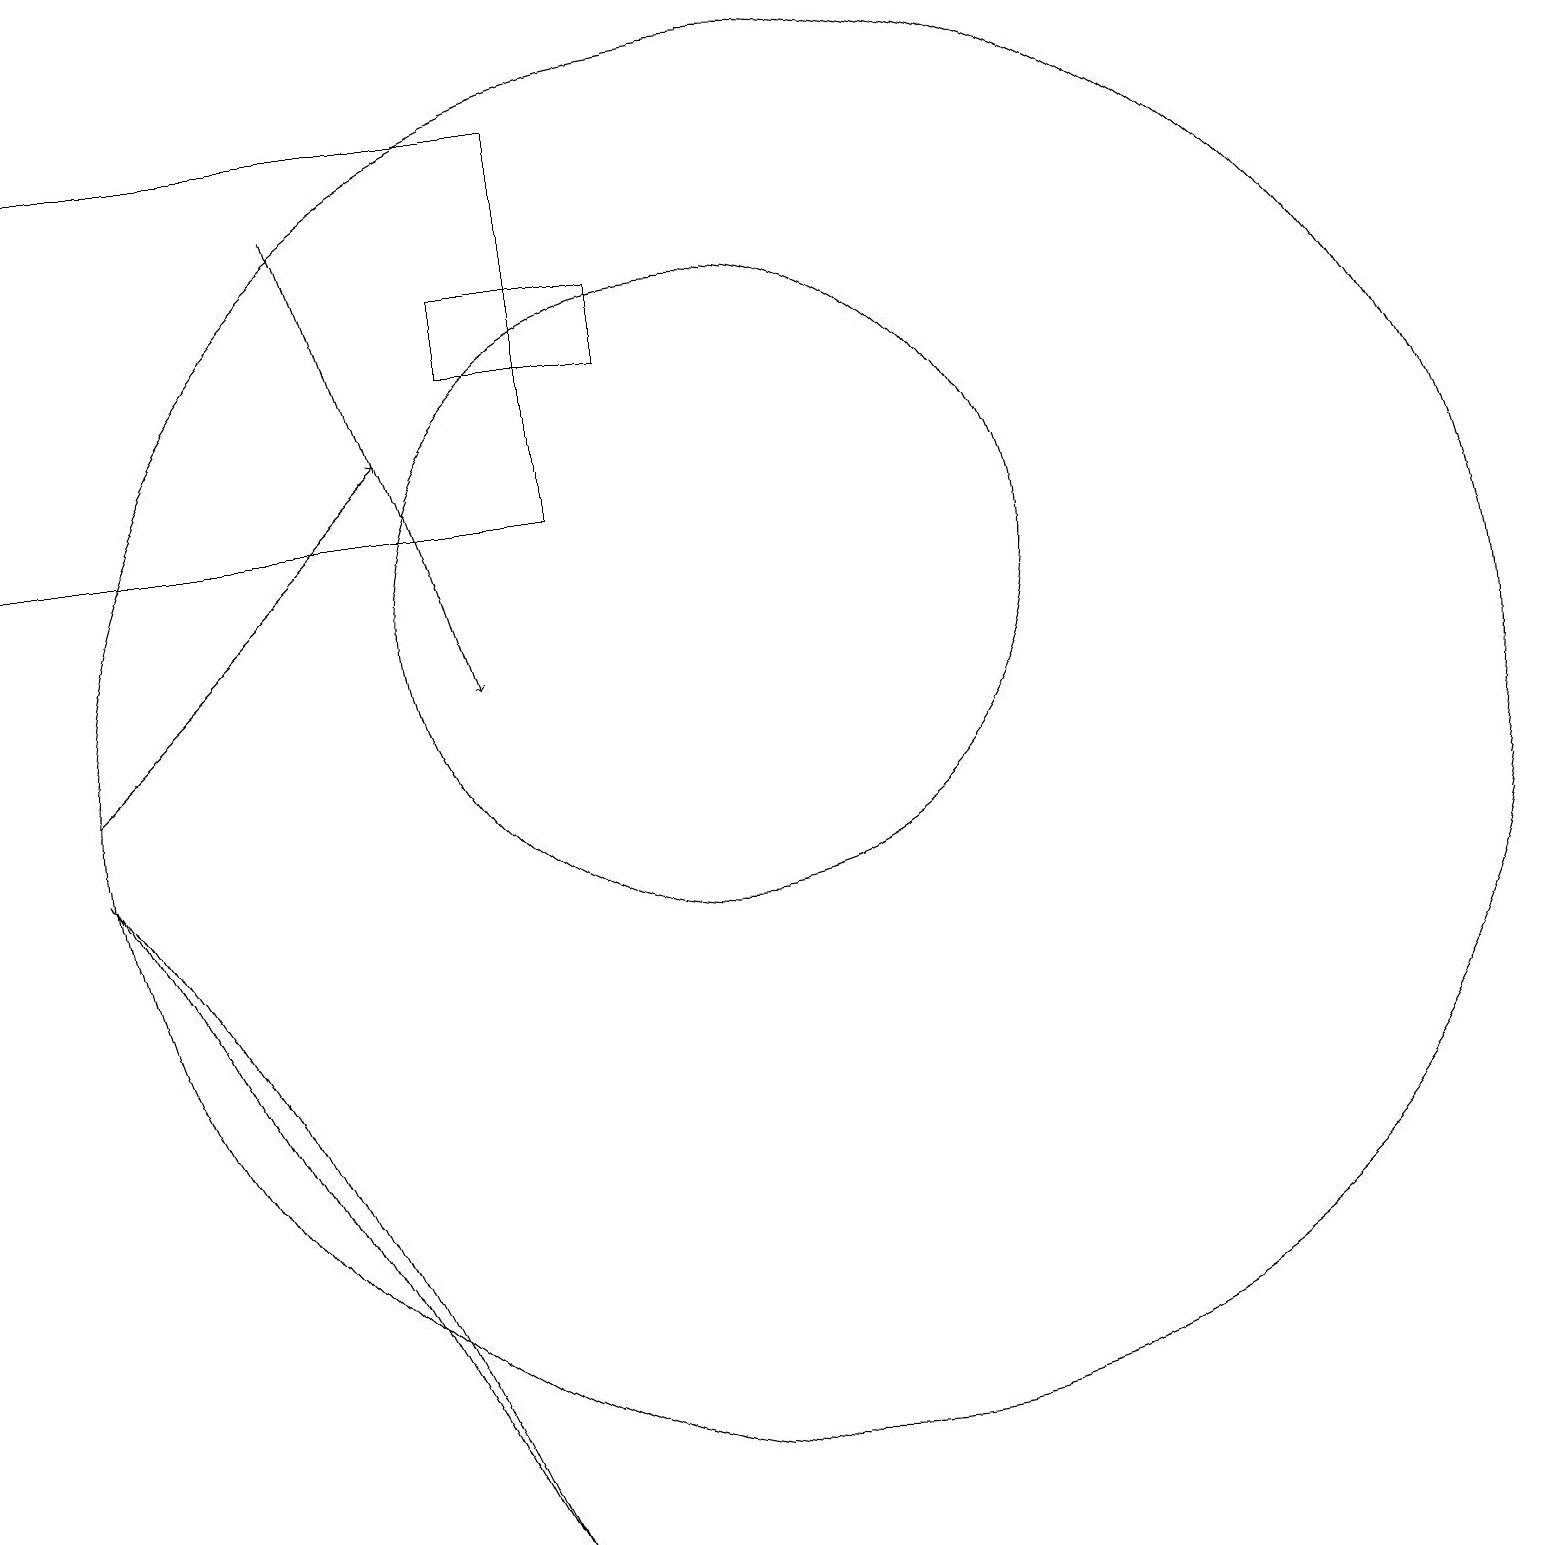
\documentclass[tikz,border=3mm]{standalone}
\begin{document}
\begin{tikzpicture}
\draw (11,10) circle (9);
\draw (7,15) rectangle (9,16);
\draw[->] (2,10) -- (6,14);
\draw (4,6) -- (7,0) -- (2,9) -- cycle;
\draw[->] (5,17) -- (7,11);
\draw (10,12) circle (4);
\draw (8,18) rectangle (1,13);
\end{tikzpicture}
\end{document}